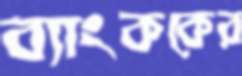
ব্যাংককের